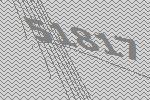
51817